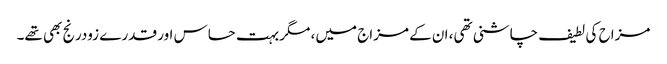
مزاح کی لطیف چاشنی تھی، ان کے مزاج میں، مگر بہت حساس اور قدرے زودرنج بھی تھے۔